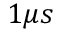
1 \mu s